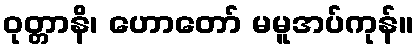
ဝုတ္တာနိ၊ ဟောတော် မမူအပ်ကုန်။